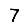
Digit: 7